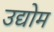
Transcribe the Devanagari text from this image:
उद्योम